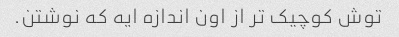
توش کوچیک تر از اون اندازه ایه که نوشتن.